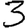
Digit: 3